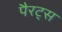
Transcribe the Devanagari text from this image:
पैरट्स